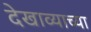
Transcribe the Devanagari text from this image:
देखाव्याच्या